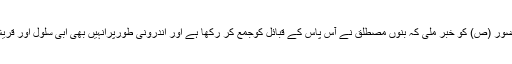
اس کی وجہ یہ تھی کہ حضور (ص) کو خبر ملی کہ بنوں مصطلق نے آس پاس کے قبائل کوجمع کر رکھا ہے اور اندرونی طورپرانہیں بھی ابی سلول اور قریش کی حمایت حا صل ہے۔